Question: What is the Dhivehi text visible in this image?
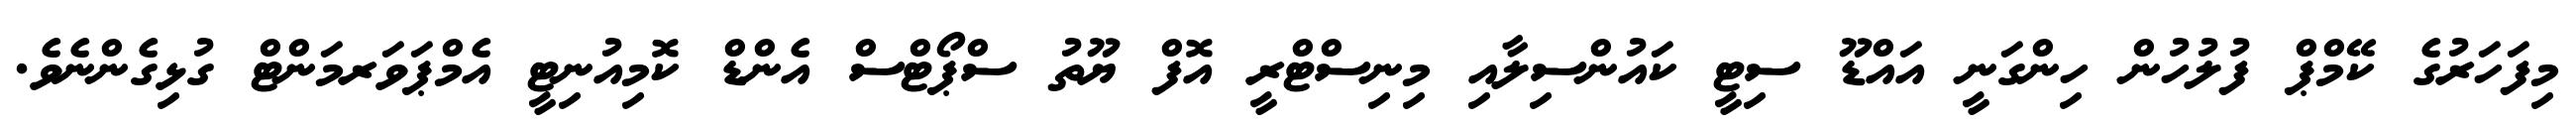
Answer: މިފަހަރުގެ ކޭމްޕް ފުލުހުން ހިންގަނީ އައްޑޫ ސިޓީ ކައުންސިލާއި މިނިސްޓްރީ އޮފް ޔޫތު ސްޕޯޓްސް އެންޑް ކޮމިއުނިޓީ އެމްޕަވަރމަންޓް ގުޅިގެންނެވެ.